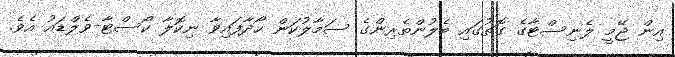
އިން ޖޭމީ ލެނިސްޓާގެ ގޮތުގައި ބެލުންތެރިންގެ ސަމާލުކަން ހޯދާފައިވާ ނިކޮލާ ކޯސްޓާ-ވެލްޑައު އެވެ.